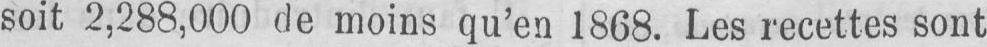
soit 2,288,000 de moins qu’en 1868. Les recettes sont